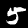
Label: 5